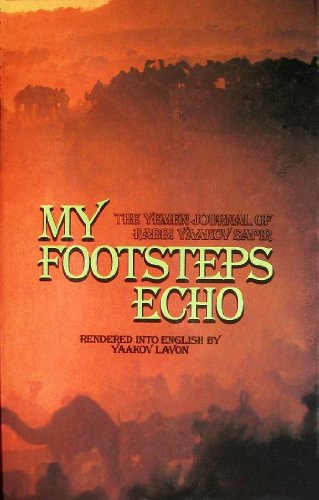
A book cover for My Footsteps Echo: The Yemen Journal of Rabbi Yaakov Sapir; Jacob Sapir; Travel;